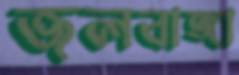
জলবাঙ্গা